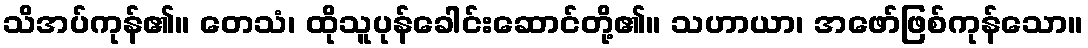
သိအပ်ကုန်၏။ တေသံ၊ ထိုသူပုန်ခေါင်းဆောင်တို့၏။ သဟာယာ၊ အဖော်ဖြစ်ကုန်သော။